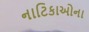
નાટિકાઓના